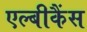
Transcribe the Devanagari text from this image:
एल्बीकैंस